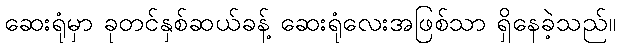
ဆေးရုံမှာ ခုတင်နှစ်ဆယ်ခန့် ဆေးရုံလေးအဖြစ်သာ ရှိနေခဲ့သည်။